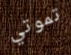
تموتي